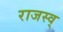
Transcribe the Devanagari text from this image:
राजस्व्